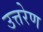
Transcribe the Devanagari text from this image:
उत्तरेण